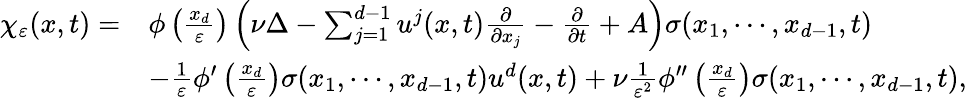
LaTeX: \begin{array}{rl}{\chi_{\varepsilon}(x,t)=}&{\phi\left(\frac{x_{d}}{\varepsilon}\right)\left(\nu\Delta-\sum_{j=1}^{d-1}u^{j}(x,t)\frac{\partial}{\partial x_{j}}-\frac{\partial}{\partial t}+A\right)\sigma(x_{1},\cdots,x_{d-1},t)}\\ &{-\frac{1}{\varepsilon}\phi^{\prime}\left(\frac{x_{d}}{\varepsilon}\right)\sigma(x_{1},\cdots,x_{d-1},t)u^{d}(x,t)+\nu\frac{1}{\varepsilon^{2}}\phi^{\prime\prime}\left(\frac{x_{d}}{\varepsilon}\right)\sigma(x_{1},\cdots,x_{d-1},t),}\end{array}